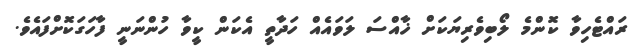
ރައްޓެހިވާ ކޮންމެ ލޯބިވެރިޔަކަށް ޚާއްސަ ލަވައެއް ހަދާތީ އެކަން ކީވާ ހުންނަނީ ފާހަގަކޮށްފައެވެ.